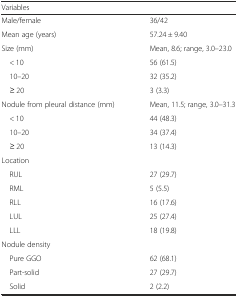
<table><thead><tr><td><b>Variables</b></td><td></td></tr></thead><tbody><tr><td>Male/female</td><td>36/42</td></tr><tr><td>Mean age (years)</td><td>57.24 ± 9.40</td></tr><tr><td>Size (mm)</td><td>Mean, 8.6; range, 3.0–23.0</td></tr><tr><td> &lt; 10</td><td>56 (61.5)</td></tr><tr><td> 10–20</td><td>32 (35.2)</td></tr><tr><td> ≥ 20</td><td>3 (3.3)</td></tr><tr><td>Nodule from pleural distance (mm)</td><td>Mean, 11.5; range, 3.0–31.3</td></tr><tr><td> &lt; 10</td><td>44 (48.3)</td></tr><tr><td> 10–20</td><td>34 (37.4)</td></tr><tr><td> ≥ 20</td><td>13 (14.3)</td></tr><tr><td>Location</td><td></td></tr><tr><td> RUL</td><td>27 (29.7)</td></tr><tr><td> RML</td><td>5 (5.5)</td></tr><tr><td> RLL</td><td>16 (17.6)</td></tr><tr><td> LUL</td><td>25 (27.4)</td></tr><tr><td> LLL</td><td>18 (19.8)</td></tr><tr><td>Nodule density</td><td></td></tr><tr><td> Pure GGO</td><td>62 (68.1)</td></tr><tr><td> Part-solid</td><td>27 (29.7)</td></tr><tr><td> Solid</td><td>2 (2.2)</td></tr></tbody></table>